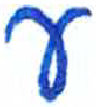
אות: ע